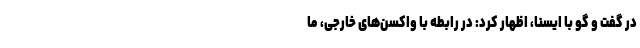
در گفت و گو با ایسنا، اظهار کرد: در رابطه با واکسن‌های خارجی، ما